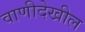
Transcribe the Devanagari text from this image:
वाणीदेखील